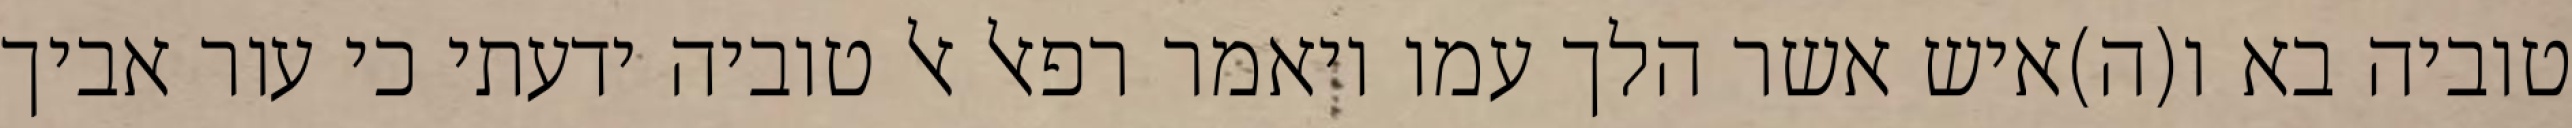
טוביה בא ו(ה)איש אשר הלך עמו ויאמר רפאל אל טוביה ידעתי כי עור אביך